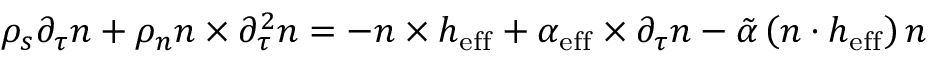
\rho _ { s } \partial _ { \tau } \boldsymbol { n } + \rho _ { n } \boldsymbol { n } \times \partial _ { \tau } ^ { 2 } \boldsymbol { n } = - \boldsymbol { n } \times \boldsymbol { h } _ { \mathrm { e f f } } + \alpha _ { \mathrm { e f f } } \times \partial _ { \tau } \boldsymbol { n } - \tilde { \alpha } \left( \boldsymbol { n } \cdot \boldsymbol { h } _ { \mathrm { e f f } } \right) \boldsymbol { n }